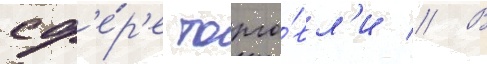
сф'е́р'е торго́вл'и // В